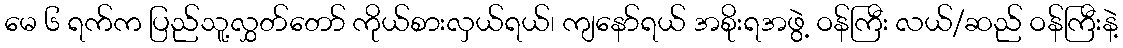
မေ ၆ ရက်က ပြည်သူ့လွှတ်တော် ကိုယ်စားလှယ်ရယ်၊ ကျနော်ရယ် အစိုးရအဖွဲ့ ဝန်ကြီး လယ်/ဆည် ဝန်ကြီးနဲ့